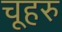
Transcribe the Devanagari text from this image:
चूहरु